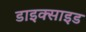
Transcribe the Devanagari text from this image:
डाइक्साइड